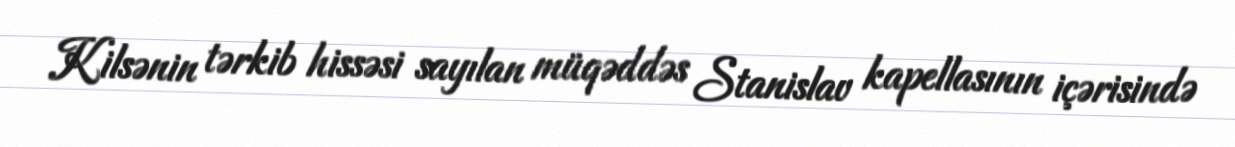
Kilsənin tərkib hissəsi sayılan müqəddəs Stanislav kapellasının içərisində